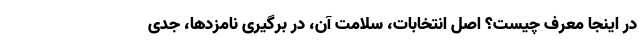
در اینجا معرف چیست؟ اصل انتخابات، سلامت آن، در برگیری نامزدها، جدی